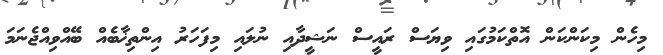
މިހެން މިކަންކަން އޮތްކަމުގައި ވިޔަސް ރައީސް ނަޝީދާއި ނުލައި މިފަހަރު އިންތިޚާބެއް ބޭއްވިއްޖެނަމަ